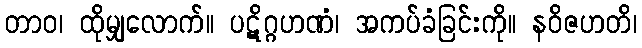
တာဝ၊ ထိုမျှလောက်။ ပဋိဂ္ဂဟဏံ၊ အကပ်ခံခြင်းကို။ နဝိဇဟတိ၊